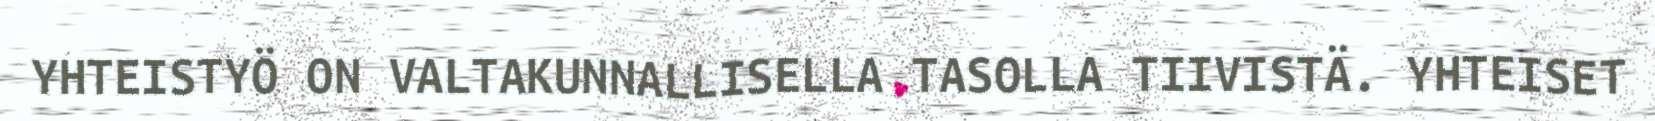
YHTEISTYÖ ON VALTAKUNNALLISELLA TASOLLA TIIVISTÄ. YHTEISET